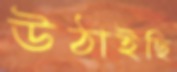
উঠাইছি